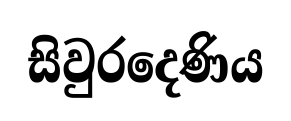
සිවුරදෙණිය